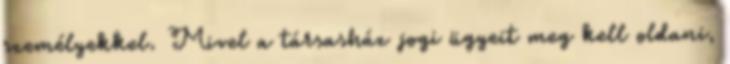
személyekkel. Mivel a társasház jogi ügyeit meg kell oldani,